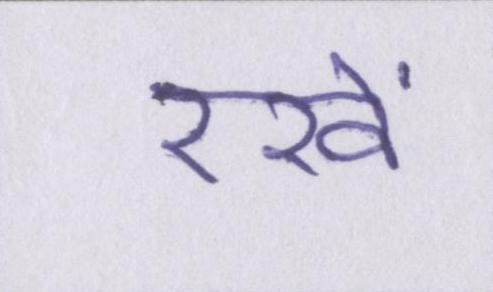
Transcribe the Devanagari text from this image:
रखें